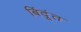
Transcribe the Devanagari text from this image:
बिंदूंत